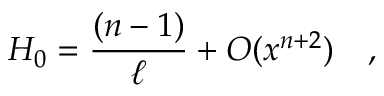
H _ { 0 } = \frac { ( n - 1 ) } { \ell } + { \cal O } ( x ^ { n + 2 } ) \quad ,